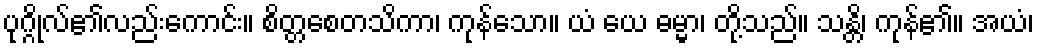
ပုဂ္ဂိုလ်၏လည်းကောင်း။ စိတ္တစေတသိကာ၊ ကုန်သော။ ယံ ယေ ဓမ္မာ၊ တို့သည်။ သန္တိ၊ ကုန်၏။ အယံ၊